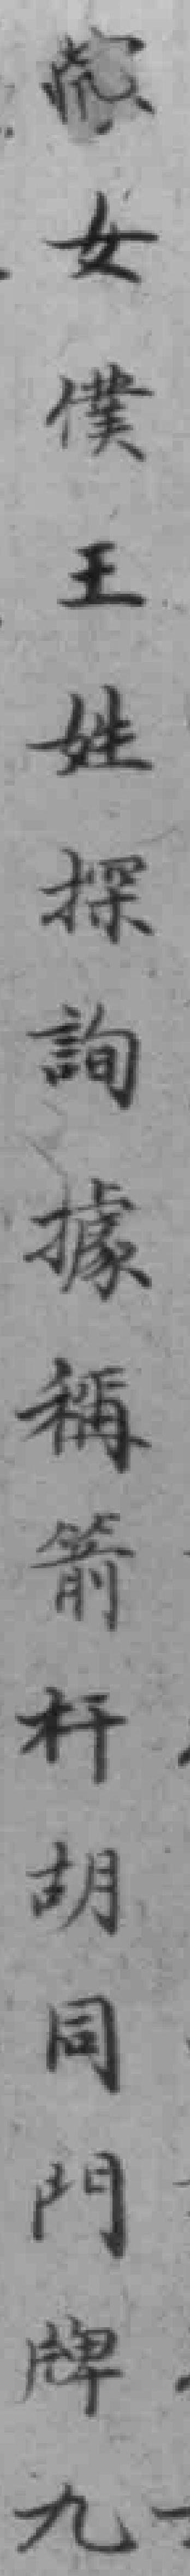
*女僕王姓探詢據稱箭杆胡同门牌九